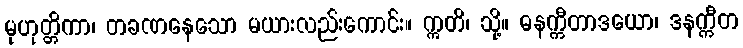
မုဟုတ္တိကာ၊ တခဏနေသော မယားလည်းကောင်း။ ဣတိ၊ သို့။ ဓနက္ကီတာဒယော၊ ဒနက္ကီတ